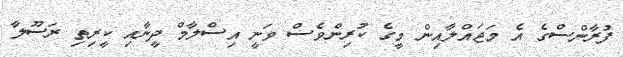
ފުރާންސްގެ އެ މަޖައްލާއިން މީގެ ކުރިންވެސް ވަނީ އިސްލާމް ދީނާއި ކީރިތި ރަސޫލާ